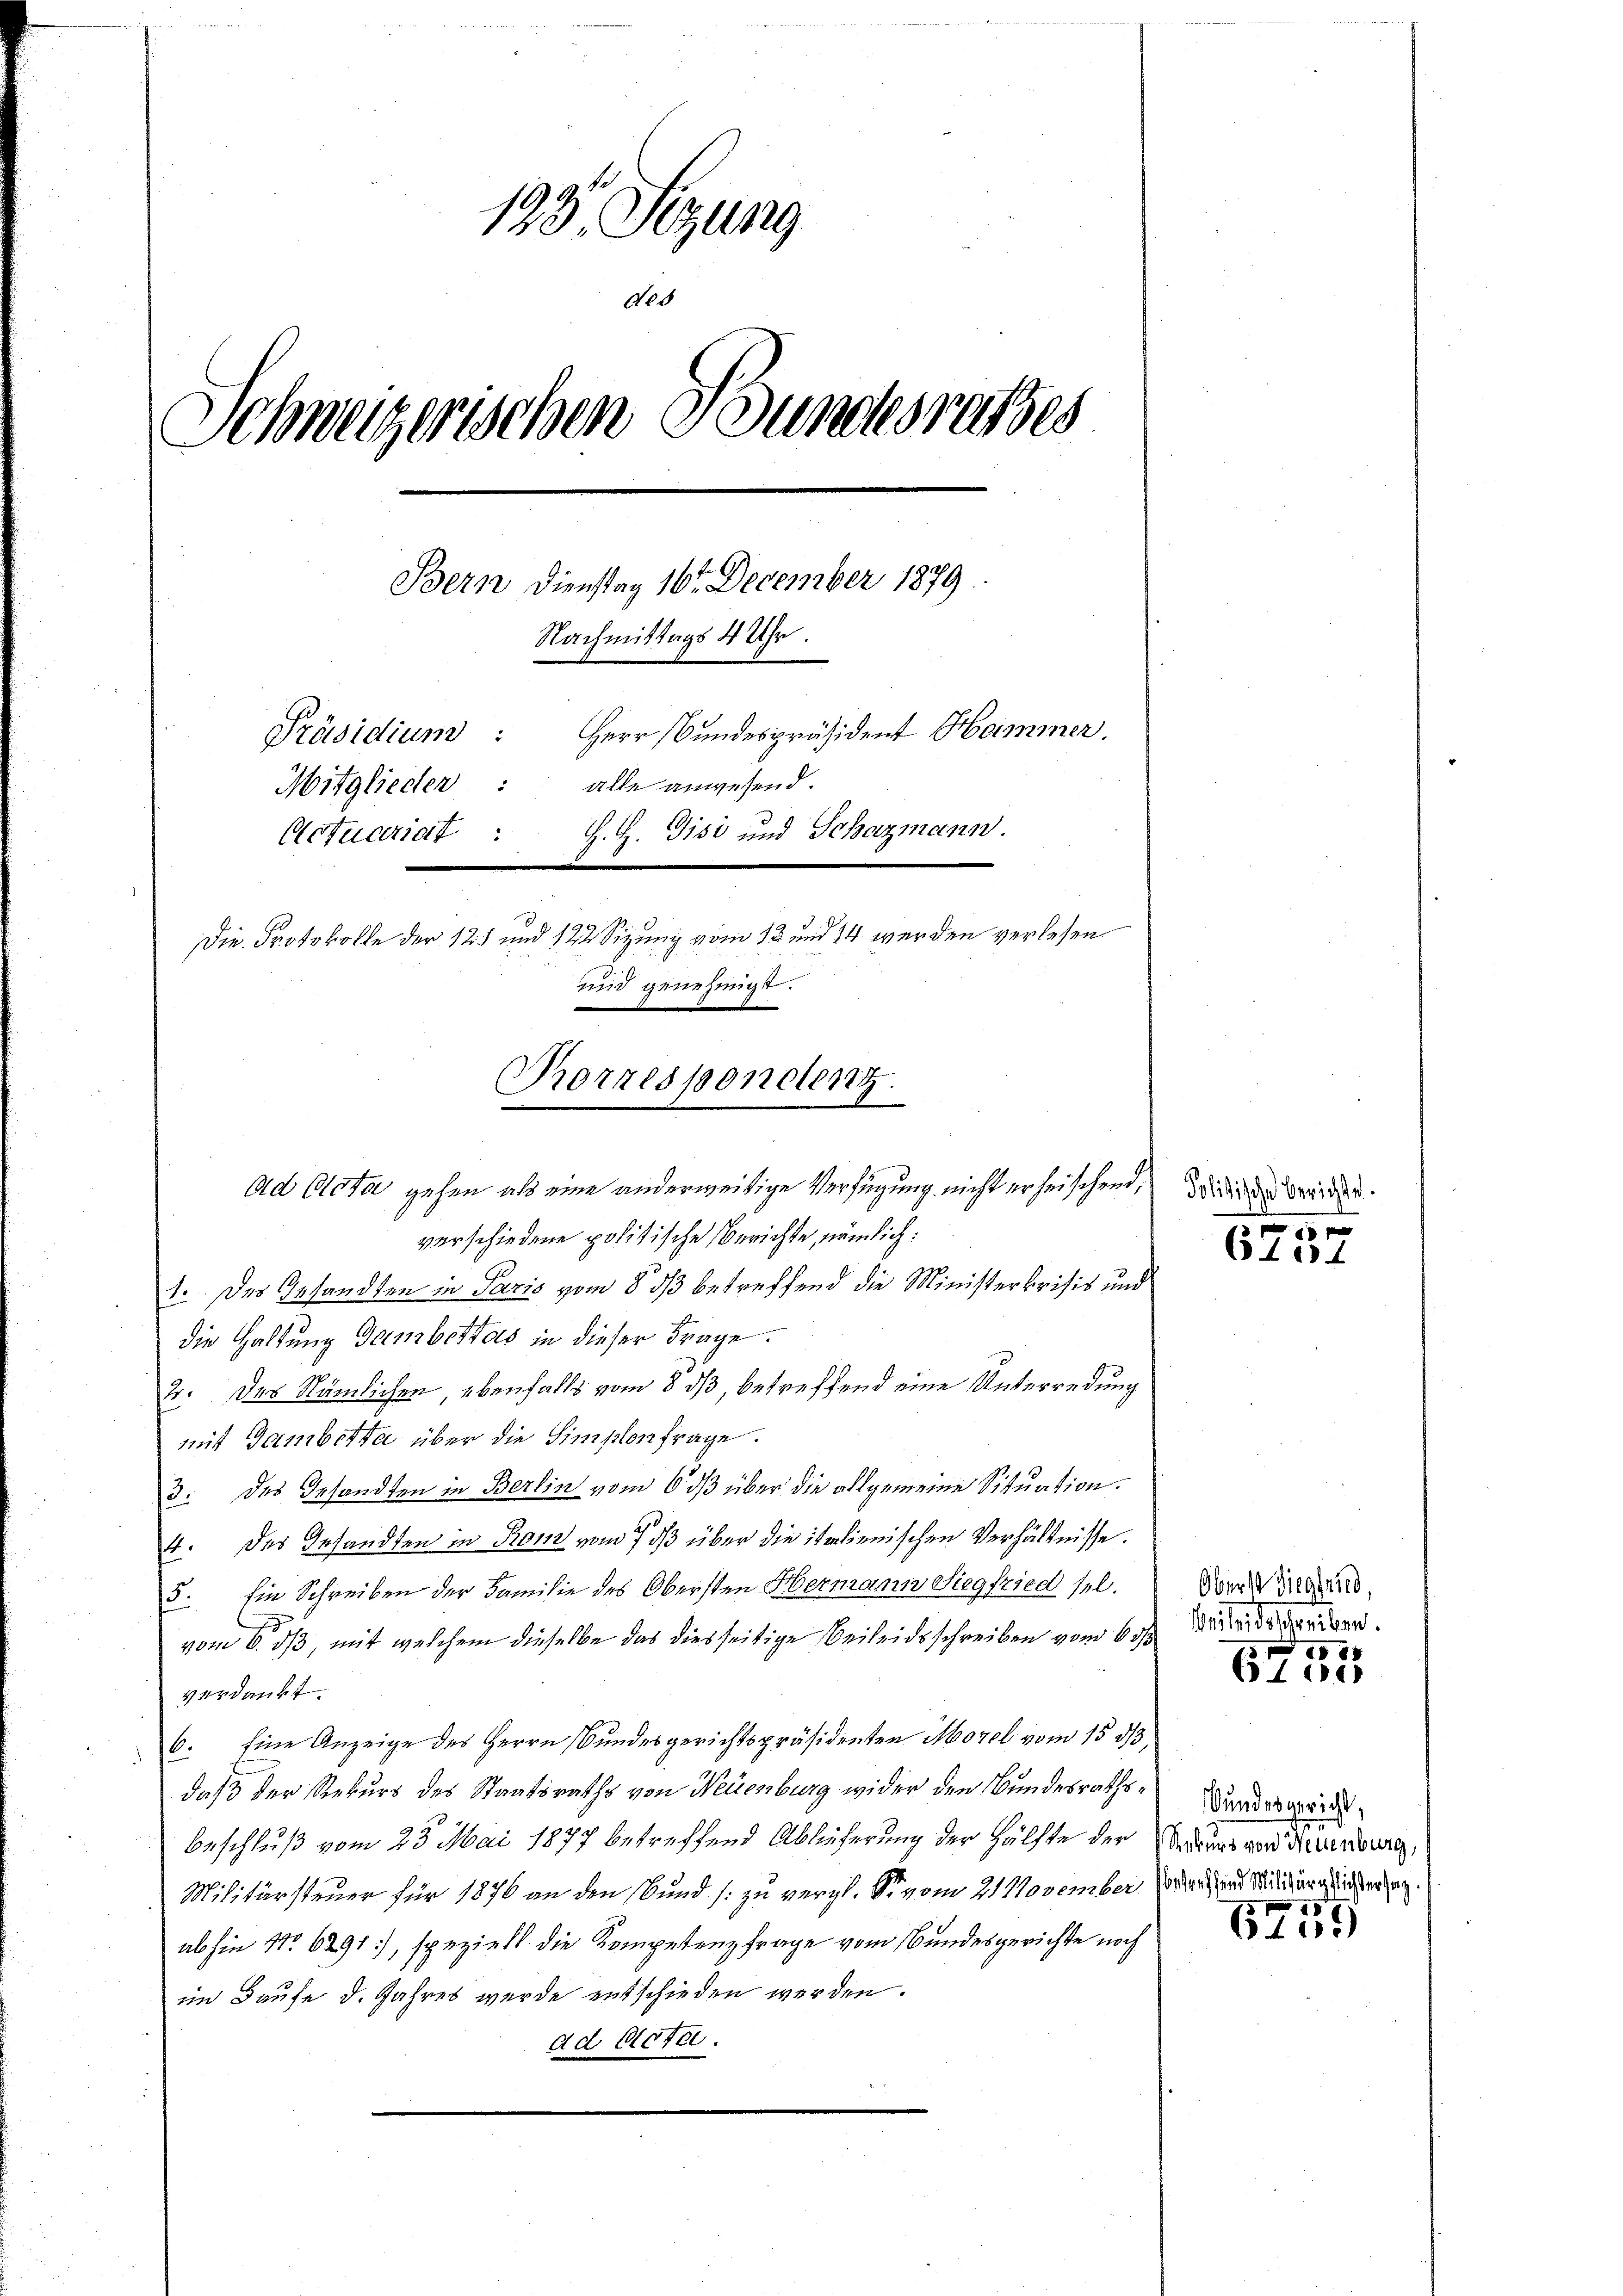
133. Setzung
Neb
Schweizerischen Bundesrathes
Bern Dienstag 16 December 1879.
Nachmittags 4 Uhr.
Herr Bundespräsident Heimmer.
Präsidium:
alle anwesend.
Mitglieden:
H. H. Gisi und Schazmann.
Actuariat :
Die Protokolle der 125 und 122 Sizung vom 13 und 74. werden verlesen
und genehmigt.

Torrespondenz.
Ad Acta gehen als eine anderweitige Verfügung nicht erheischend, da die die

verschiedene politische Berichte, nämlich:
1. des Gesandten in Paris vom 8. ds betreffend die Ministerkrisis und
die Haltung Gambettes in dieser Frage.
2. des Nämlichen, ebenfalls vom 8 dß, betreffend eine Unterredung
mit Gamberta über die Simplonfrage.
3. des Gesandten in Berlin vom 6 dß über die allgemeine Situation.
4. des Gesandten in Rom vom 7 dß über die italienischen Verhältnisse.
s
5. Ein Schreiben der Familie des Obersten Hermann Siegfried sel.
vom 6. ds, mit welchem dieselbe das diesseitige Beileidsschreiben vom 6 1/
Verdankt
6. Eine Anzeige des Herrn Bundesgerichtspräsidenten Morel vom 15 d
daß der Rekurs des Staatsraths von Neuenburg wider den Bundesraths¬
Beschluß vom 23. Mai 1877 betreffend Ablieferung der Hälfte der Anders vor deuenburg,
Militärsteuer für 1876 an den Bund zu vergl. So vom 21. November den und Milderglicher zug
abhin No 6291), speziell die Kompetenzfrage vom Bundesgerichte noch
im Laufe d. Jahres wurde entschieden werden.
ad Acte.

x
6101

Oberst Siegfried,
iis seien.

6108

Bundesgericht,
i

6759